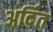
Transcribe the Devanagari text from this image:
अर्दित